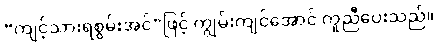
“ကျင့်သားရစွမ်းအင်”ဖြင့် ကျွမ်းကျင်အောင် ကူညီပေးသည်။